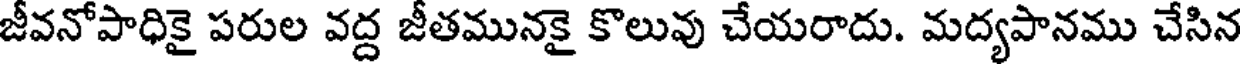
జీవనోపాధికై పరుల వద్ద జీతమునకై కొలువు చేయరాదు. మద్యపానము చేసిన